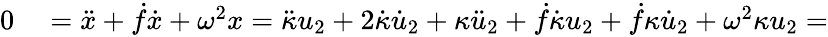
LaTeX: \begin{array}{rl}{0}&{{}=\ddot{x}+\dot{f}\dot{x}+\omega^{2}x=\ddot{\kappa}u_{2}+2\dot{\kappa}\dot{u}_{2}+\kappa\ddot{u}_{2}+\dot{f}\dot{\kappa}u_{2}+\dot{f}\kappa\dot{u}_{2}+\omega^{2}\kappa u_{2}=}\end{array}